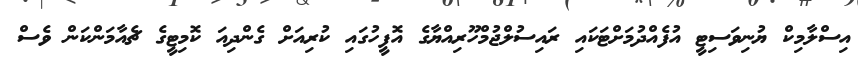
އިސްލާމިކް ޔުނިވަސިޓީ އުފެއްދުމަށްޓަކައި ރައިސުލްޖުމްހޫރިއްޔާގެ އޮފީހުގައި ކުރިއަށް ގެންދިއަ ކޮމިޓީގެ ޗެއާމަންކަން ވެސް